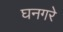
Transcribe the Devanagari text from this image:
घनगरे